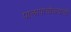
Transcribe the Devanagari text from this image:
पालापाचोळ्याची